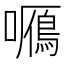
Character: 𡃌